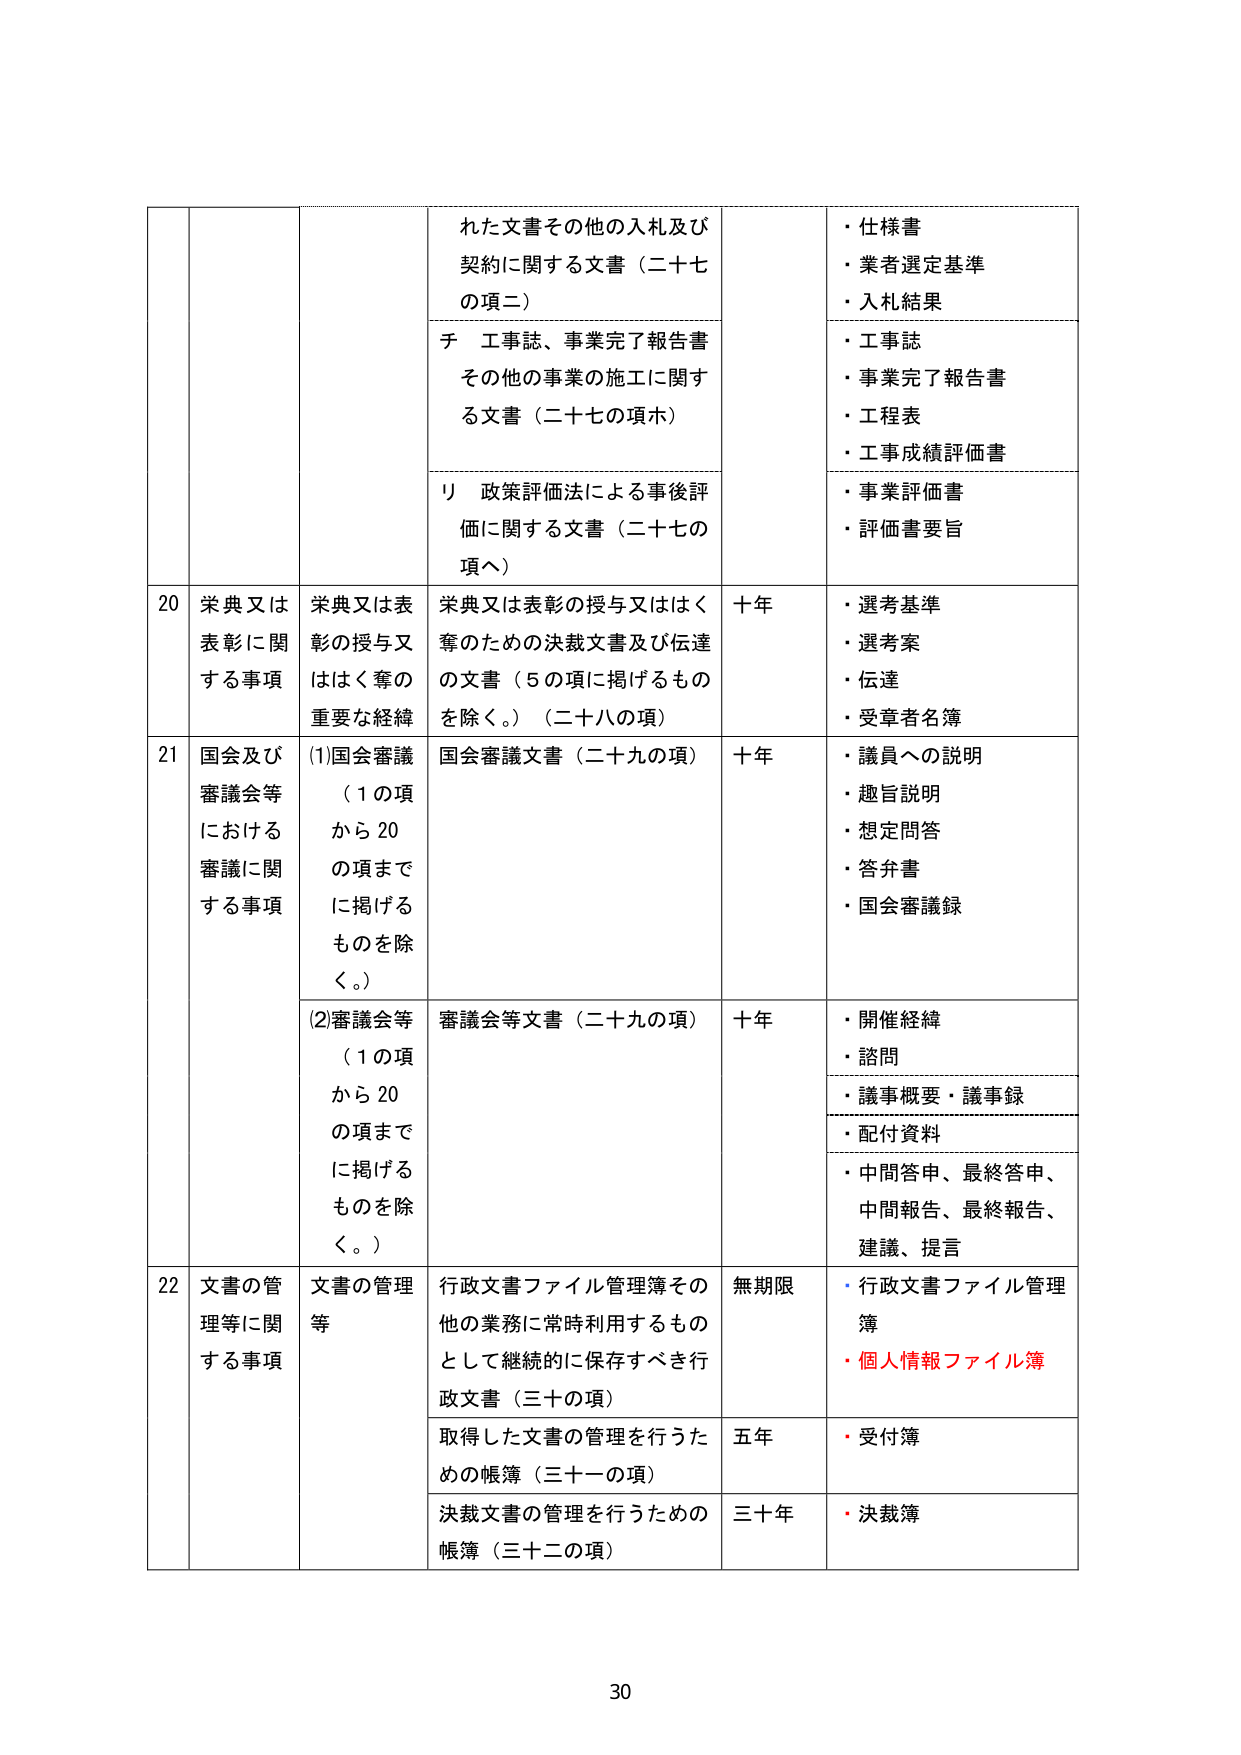
20 栄典又は 表彰に関 する事項 栄典又は表 彰の授与又 ははく奪の 重要な経緯 栄典又は表彰の授与又ははく 奪のための決裁文書及び伝達 の文書（5の項に掲げるものを除く。）（二十八の項） 十年 ・選考基準 ・選考案 ・伝達 ・受章者名簿 21 国会及び 審議会等 における 審議に関 する事項 (1)国会審議 （1の項 から20 の項まで に掲げる ものを除 く。） 国会審議文書（二十九の項） 十年 ・議員への説明 ・趣旨説明 ・想定問答 ・答弁書 ・国会審議録 (2)審議会等 （1の項 から20 の項まで に掲げる ものを除 く。） 審議会等文書（二十九の項） 十年 ・開催経緯 ・諮問 ・議事概要・議事録 ・配付資料 ・中間答申、最終答申、 中間報告、最終報告、 建議、提言 22 文書の管 理等に関 する事項 文書の管理 等 行政文書ファイル管理簿その 他の業務に常時利用するもの として継続的に保存すべき行 政文書（三十の項） 無期限 ・行政文書ファイル管理 簿 ・個人情報ファイル簿 取得した文書の管理を行うた めの帳簿（三十一の項） 五年 ・受付簿 決裁文書の管理を行うための 帳簿（三十二の項） 三十年 ・決裁簿 れた文書その他の入札及び 契約に関する文書（二十七 の項二） チ 工事誌、事業完了報告書 その他の事業の施工に関す る文書（二十七の項ホ） リ 政策評価法による事後評 価に関する文書（二十七の 項ヘ） ・仕様書 ・業者選定基準 ・入札結果 ・工事誌 ・事業完了報告書 ・工程表 ・工事成績評価書 ・事業評価書 ・評価書要旨 30